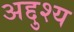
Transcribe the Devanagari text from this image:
अद्दुश्य